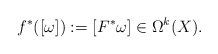
\begin{align*} f^* ([\omega] ) := [F^*\omega] \in \Omega^k(X).\end{align*}